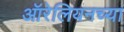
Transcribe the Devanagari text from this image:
ऑरेलियनच्या